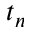
t _ { n }